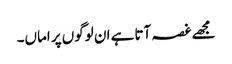
مجھے غصہ آتا ہے ان لوگوں پر اماں۔